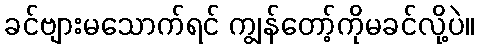
ခင်ဗျားမသောက်ရင် ကျွန်တော့်ကိုမခင်လို့ပဲ။